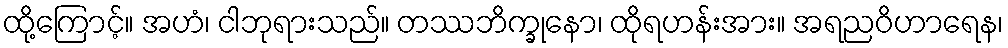
ထို့ကြောင့်။ အဟံ၊ ငါဘုရားသည်။ တဿဘိက္ခုနော၊ ထိုရဟန်းအား။ အရညဝိဟာရေန၊